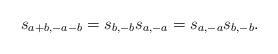
LaTeX: \begin{align*} s_{a+b,-a-b}=s_{b,-b}s_{a,-a}=s_{a,-a}s_{b,-b}.\end{align*}